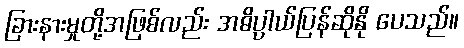
ခြားနားမှုတို့အဖြစ်လည်း အဓိပ္ပာယ်ပြန်ဆိုနို ပေသည်။